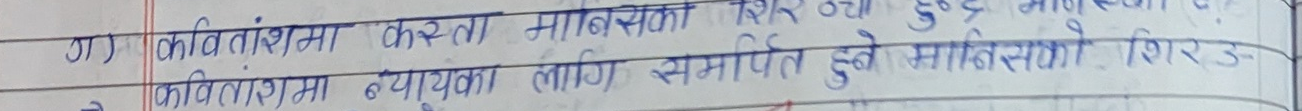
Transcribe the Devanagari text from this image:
ग) कवितांशमा कस्ता मानिसका शिर उच्च हुन्छन् ?
२) कवितांशमा न्यायका लागि समर्पित हुने मानिसको शिर उ-